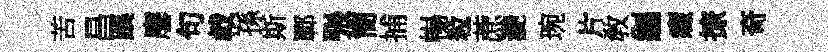
苦昌蹊麐句㦸孫斯鄆張簡捕暢粒蔗灧琬片敎纒癥撩奇